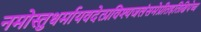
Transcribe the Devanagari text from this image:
नमोस्तुधर्मायवदेत्प्रविश्यजलंसमेप्रीतइतिक्षिपेच्च